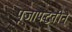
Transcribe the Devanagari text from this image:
पूजापद्धतीने